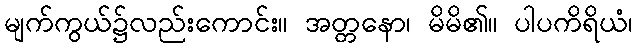
မျက်ကွယ်၌လည်းကောင်း။ အတ္တနော၊ မိမိ၏။ ပါပကိရိယံ၊